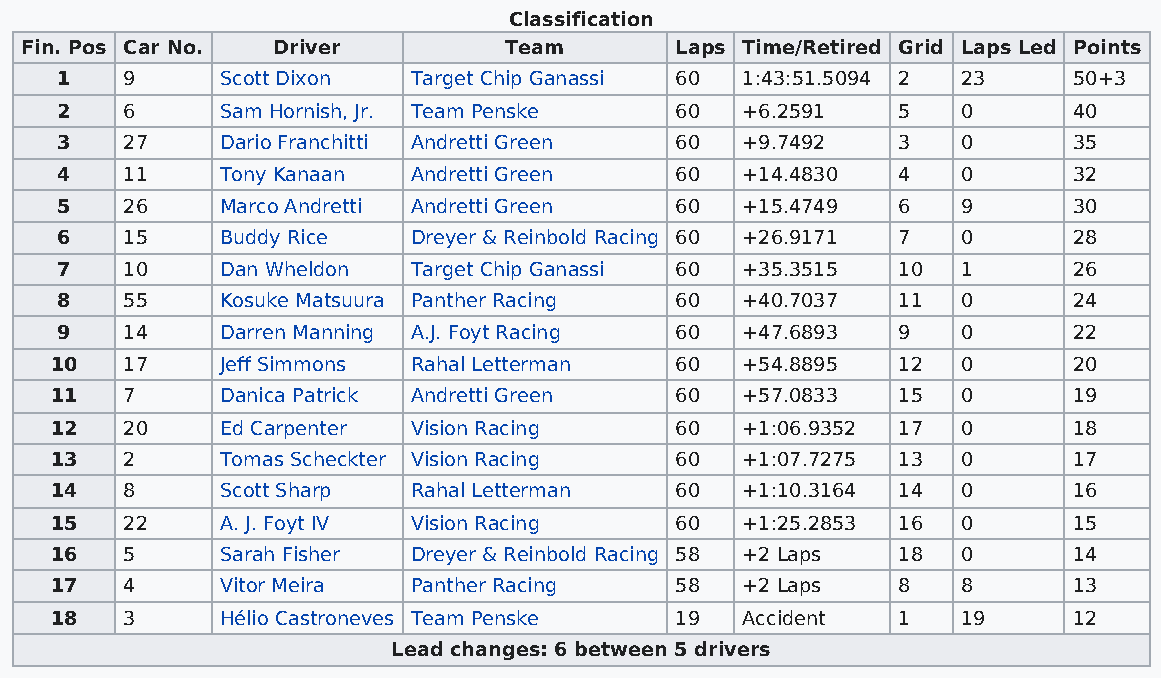
Classification
 Fin. Pos Car No. Driver         Team        Laps Time/Retired Grid Laps Led Points
 1   9      Scott Dixon Target Chip Ganassi 60 1:43:51.5094 2 23    50+3
 2   6      Sam Hornish, Jr. Team Penske  60  +6.2591   5    0      40
 3   27     Dario Franchitti Andretti Green 60 +9.7492  3    0      35
 4   11     Tony Kanaan Andretti Green    60  +14.4830  4    0      32
 5   26     Marco Andretti Andretti Green 60  +15.4749  6    9      30
 6   15     Buddy Rice  Dreyer & Reinbold Racing 60 +26.9171 7 0    28
 7   10     Dan Wheldon Target Chip Ganassi 60 +35.3515 10   1      26
 8   55     Kosuke Matsuura Panther Racing 60 +40.7037  11   0      24
 9   14     Darren Manning A.J. Foyt Racing 60 +47.6893 9    0      22
 10   17     Jeff Simmons Rahal Letterman  60  +54.8895  12   0      20
 11   7      Danica Patrick Andretti Green 60  +57.0833  15   0      19
 12   20     Ed Carpenter Vision Racing    60  +1:06.9352 17  0      18
 13   2      Tomas Scheckter Vision Racing 60  +1:07.7275 13  0      17
 14   8      Scott Sharp Rahal Letterman   60  +1:10.3164 14  0      16
 15   22     A. J. Foyt IV Vision Racing   60  +1:25.2853 16  0      15
 16   5      Sarah Fisher Dreyer & Reinbold Racing 58 +2 Laps 18 0   14
 17   4      Vitor Meira Panther Racing    58  +2 Laps   8    8      13
 18   3      Hélio Castroneves Team Penske 19  Accident  1    19     12
 Lead changes: 6 between 5 drivers